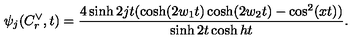
\psi _ { j } ( C _ { r } ^ { \vee } , t ) = \frac { 4 \sinh 2 j t ( \cosh ( 2 w _ { 1 } t ) \cosh ( 2 w _ { 2 } t ) - \cos ^ { 2 } ( x t ) ) } { \sinh 2 t \cosh h t } .